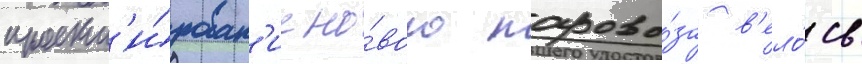
проект'и́рован'ие но́вого парово́за в'ело́сь